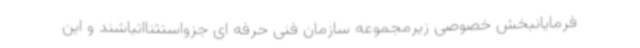
فرمایانبخش خصوصی زیرمجموعه سازمان فنی حرفه ای جزواستثنااتباشند و این